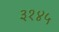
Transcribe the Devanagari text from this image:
३१४५